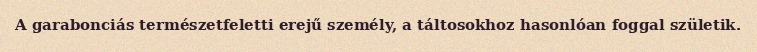
A garabonciás természetfeletti erejű személy, a táltosokhoz hasonlóan foggal születik.